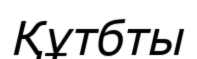
Құтбты